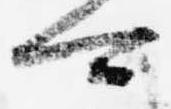
可